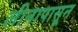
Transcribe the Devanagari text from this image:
लीनापासून